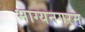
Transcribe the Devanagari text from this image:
भाग्यनगरम्